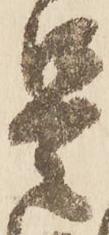
是